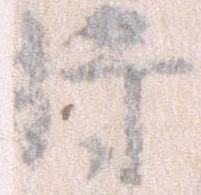
将